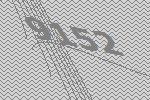
9152